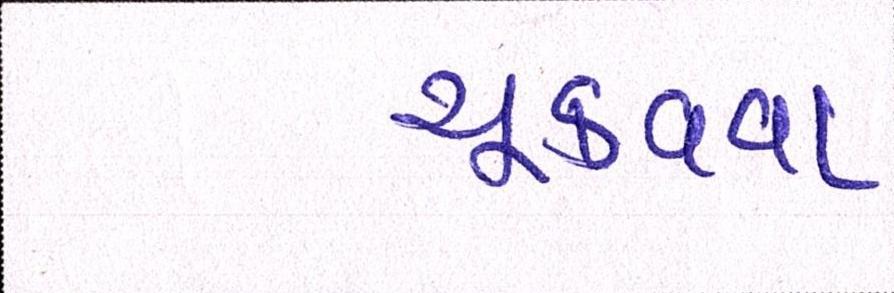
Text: ચૂકવવા